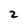
Character: 2